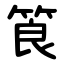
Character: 筤